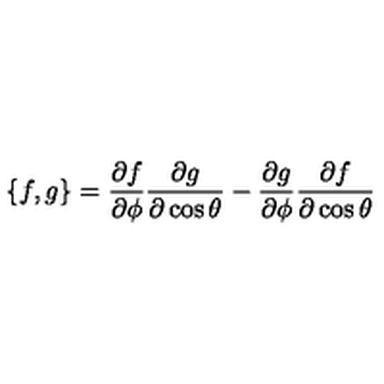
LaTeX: \{ f , g \} = \frac { \partial f } { \partial \phi } \frac { \partial g } { \partial \cos \theta } - \frac { \partial g } { \partial \phi } \frac { \partial f } { \partial \cos \theta }